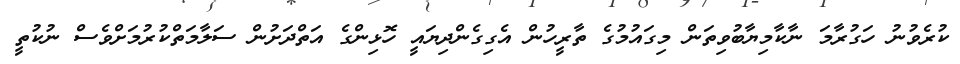
ކުރެވުނު ހަގުރާމަ ނާކާމިޔާބުވިތަން މިގައުމުގެ ތާރީހުން އެގިގެންދިޔައީ ހޮޅިންގެ އަތްދަށުން ސަލާމަތްކުރުމަށްވެސް ނުކުތީ